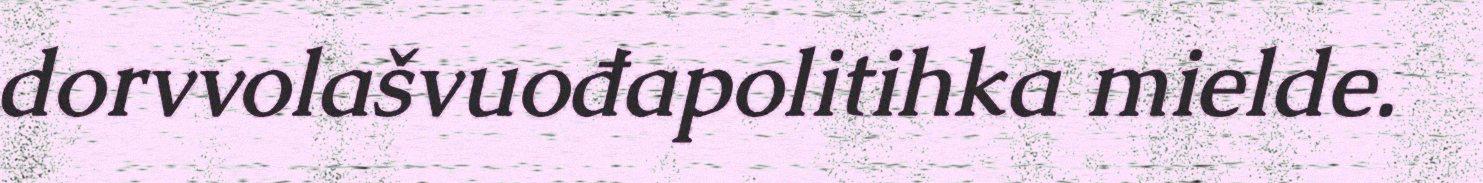
dorvvolašvuođapolitihka mielde.